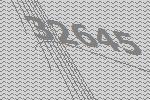
32645